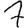
Digit: 7